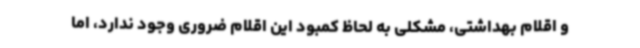
و اقلام بهداشتی، مشکلی به لحاظ کمبود این اقلام ضروری وجود ندارد، اما